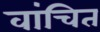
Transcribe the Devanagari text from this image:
वांचित